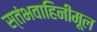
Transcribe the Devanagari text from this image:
स्तंभवाहिनीमूल